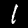
Digit: 1